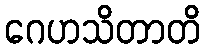
ဂေဟသိတာတိ